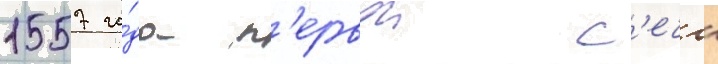
1557 го́да п'ервои с'ечи